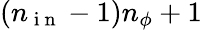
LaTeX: (n_{\mathrm{~i~n~}}-1)n_{\phi}+1